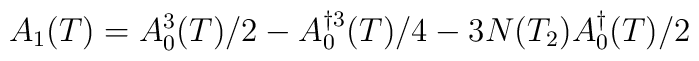
A_{1}(T)=A^{3}_{0}(T)/2-A^{\dag 3}_{0}(T)/4-3N(T_{2})A^{\dag }_{0}(T)/2